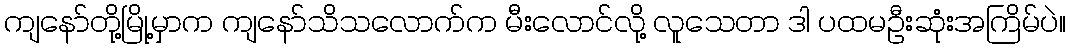
ကျနော်တို့မြို့မှာက ကျနော်သိသလောက်က မီးလောင်လို့ လူသေတာ ဒါ ပထမဦးဆုံးအကြိမ်ပဲ။